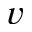
\boldsymbol { v }